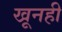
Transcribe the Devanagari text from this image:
खूनही